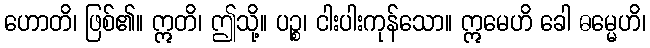
ဟောတိ၊ ဖြစ်၏။ ဣတိ၊ ဤသို့။ ပဉ္စ၊ ငါးပါးကုန်သော။ ဣမေဟိ ခေါ ဓမ္မေဟိ၊